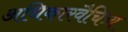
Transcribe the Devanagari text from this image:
अधिकारवैचित्र्य